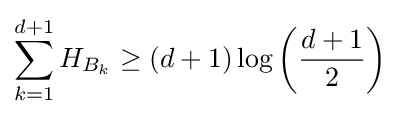
\sum _{k=1}^{d+1}H_{B_{k}}\geq (d+1)\log \left({\frac {d+1}{2}}\right)